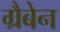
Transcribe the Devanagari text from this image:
ग्रैबेन